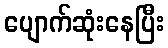
ပျောက်ဆုံးနေပြီး